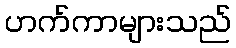
ဟက်ကာများသည်